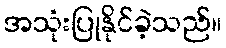
အသုံးပြုနိုင်ခဲ့သည်။